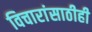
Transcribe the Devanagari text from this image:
विचारांसाठीही